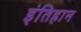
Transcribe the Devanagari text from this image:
इंतिहान